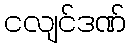
ငလျင်ဒဏ်